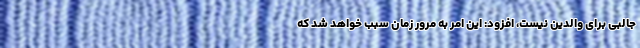
جالبی برای والدین نیست، افزود: این امر به مرور زمان سبب خواهد شد که